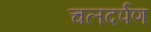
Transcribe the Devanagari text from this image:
चलदर्पण